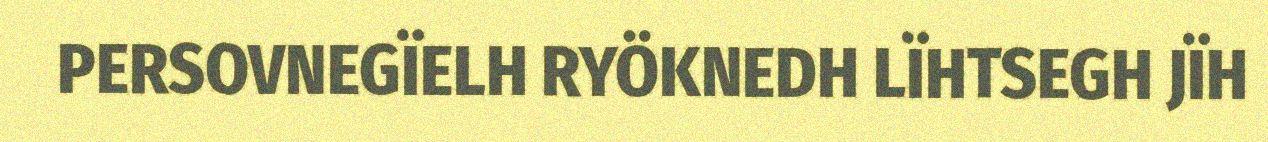
PERSOVNEGÏELH RYÖKNEDH LÏHTSEGH JÏH